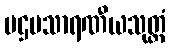
ပဌမသာရဏီယသုတ္တံ